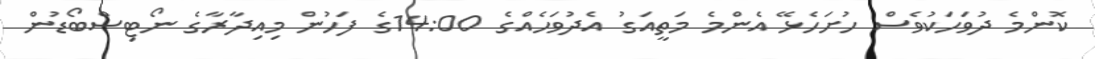
ކޮންމެ ދުވަހަކުވެސް ހުށަހެޅޭ އެންމެ މަތީއަގު އެދުވަހެއްގެ 14:00ގެ ފަހުން މިއިދާރާގެ ނޯޓިސްބޯޑުން